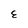
Character: E